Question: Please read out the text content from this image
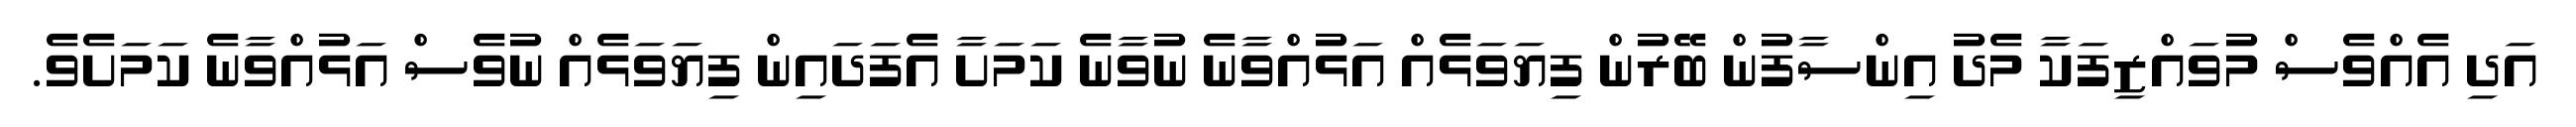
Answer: އަދި އެއްވެސް މުވައްޒިފަކާ މެދު އިންސާފުން ބޭރުން ފިޔަވަޅެއް އަޅުއްވާނެ ނުވާނެ ކަމަށާ އެފަދައިން ފިޔަވަޅެއް ނުވެސް އަޅުއްވާނެ ކަމަށެވެ.